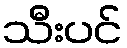
သီးပင်